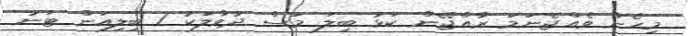
މިހެން ވެއްޖެނަމަ ރާއްޖޭން ކަޅު ބިލަ މަސް ދުވާލަކު 1 ބިލިއަން ޓަނު